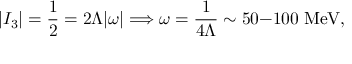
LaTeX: | I _ { 3 } | = { \frac { 1 } { 2 } } = 2 \Lambda | \omega | \Longrightarrow \omega = { \frac { 1 } { 4 \Lambda } } \sim 5 0 \mathrm { - } 1 0 0 \; \mathrm { M e V } ,